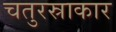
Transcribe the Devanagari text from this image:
चतुरस्राकार